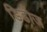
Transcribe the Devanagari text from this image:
डिडोज